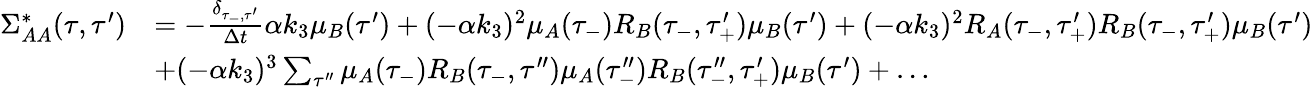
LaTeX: \begin{array}{rl}{\Sigma_{AA}^{*}(\tau,\tau^{\prime})}&{=-\frac{\delta_{\tau_{-},\tau^{\prime}}}{\Delta t}\alpha k_{3}\mu_{B}(\tau^{\prime})+(-\alpha k_{3})^{2}\mu_{A}(\tau_{-})R_{B}(\tau_{-},\tau_{+}^{\prime})\mu_{B}(\tau^{\prime})+(-\alpha k_{3})^{2}R_{A}(\tau_{-},\tau_{+}^{\prime})R_{B}(\tau_{-},\tau_{+}^{\prime})\mu_{B}(\tau^{\prime})}\\ &{+(-\alpha k_{3})^{3}\sum_{\tau^{\prime\prime}}\mu_{A}(\tau_{-})R_{B}(\tau_{-},\tau^{\prime\prime})\mu_{A}(\tau_{-}^{\prime\prime})R_{B}(\tau_{-}^{\prime\prime},\tau_{+}^{\prime})\mu_{B}(\tau^{\prime})+\dots}\end{array}